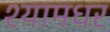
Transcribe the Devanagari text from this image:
श्यामधर